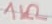
Text: 1KΩ